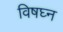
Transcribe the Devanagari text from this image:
विषघ्न